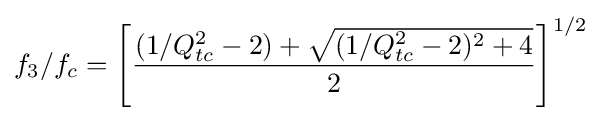
f_{3}/f_{c}=\left[{\frac {(1/Q_{tc}^{2}-2)+{\sqrt {(1/Q_{tc}^{2}-2)^{2}+4}}}{2}}\right]^{1/2}